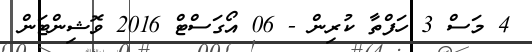
4 މަސް 3 ހަފްތާ ކުރިން - 06 އޯގަސްޓް 2016 ވޮޝިންޓަން